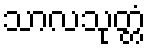
သာလသုတ္တံ